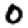
Digit: 0